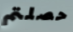
حصلتم